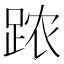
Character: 𲃣